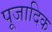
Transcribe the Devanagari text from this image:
पूजादिक